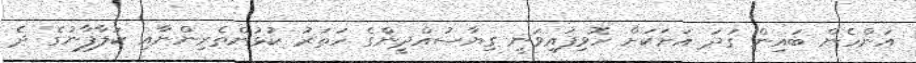
އަންހެން ބައިން ގަދަ އަށަކަށް ހޮވިފައިވަނީ ގިޔާސުއްދީންގެ ހަތަރު ކުޅުންތެރިންނާއި ކަލާފާނުގެ ދެ